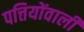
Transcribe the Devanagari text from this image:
पत्तियोंवाली